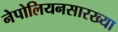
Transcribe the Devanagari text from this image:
नेपोलियनसारख्या